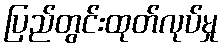
ပြည်တွင်းထုတ်လုပ်မှု